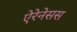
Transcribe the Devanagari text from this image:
ऐरेनेसस